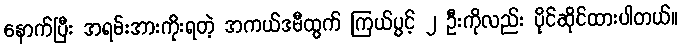
နောက်ပြီး အရမ်းအားကိုးရတဲ့ အကယ်ဒမီထွက် ကြယ်ပွင့် ၂ ဦးကိုလည်း ပိုင်ဆိုင်ထားပါတယ်။